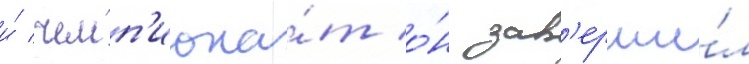
и́ чемп'иона́т о́н зав'ерши́л